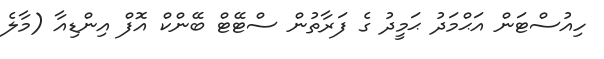
ހިއުސްޓަން އަޙްމަދު ޙަމީދު ގެ ފަރާތުން ސްޓޭޓް ބޭންކް އޮފް އިންޑިއާ (މާލެ